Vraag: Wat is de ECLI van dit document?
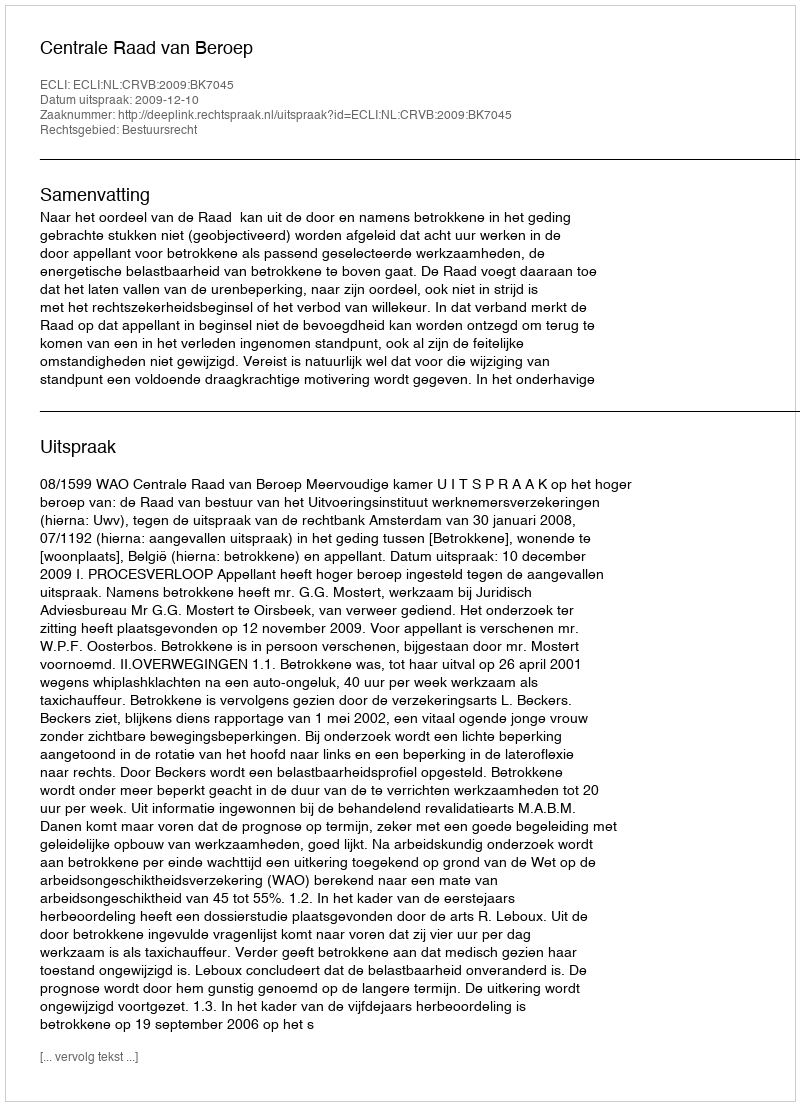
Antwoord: ECLI:NL:CRVB:2009:BK7045